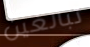
تبالغين